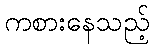
ကစားနေသည့်